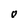
Character: O